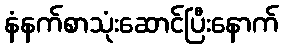
နံနက်စာသုံးဆောင်ပြီးနောက်